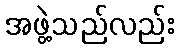
အဖွဲ့သည်လည်း